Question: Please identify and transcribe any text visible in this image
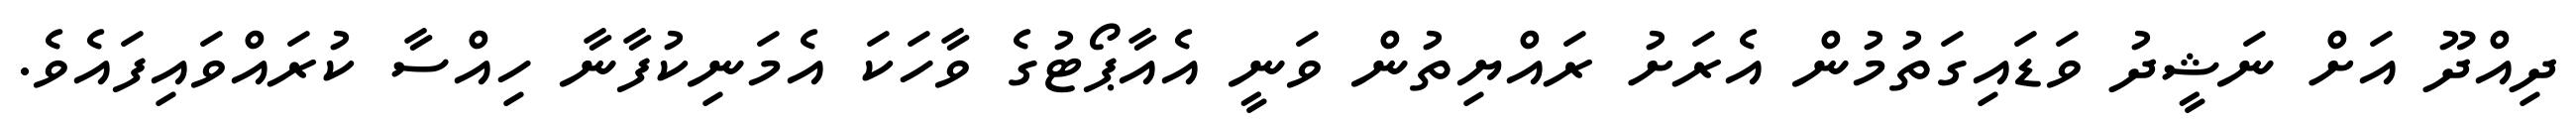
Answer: ދިއްދޫ އަށް ނަޝީދު ވަޑައިގަތުމުން އެރަށު ރައްޔިތުން ވަނީ އެއާޕޯޓުގެ ވާހަކަ އެމަނިކުފާނާ ހިއްސާ ކުރައްވައިފައެވެ.